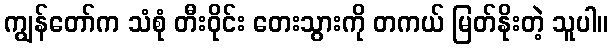
ကျွန်တော်က သံစုံ တီးဝိုင်း တေးသွားကို တကယ် မြတ်နိုးတဲ့ သူပါ။